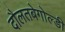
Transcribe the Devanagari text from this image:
दौलतबेगोल्डी